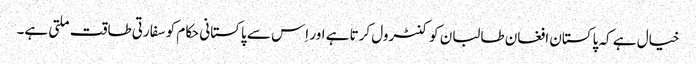
خیال ہے کہ پاکستان افغان طالبان کو کنٹرول کرتا ہے اور اِس سے پاکستانی حکام کو سفارتی طاقت ملتی ہے۔